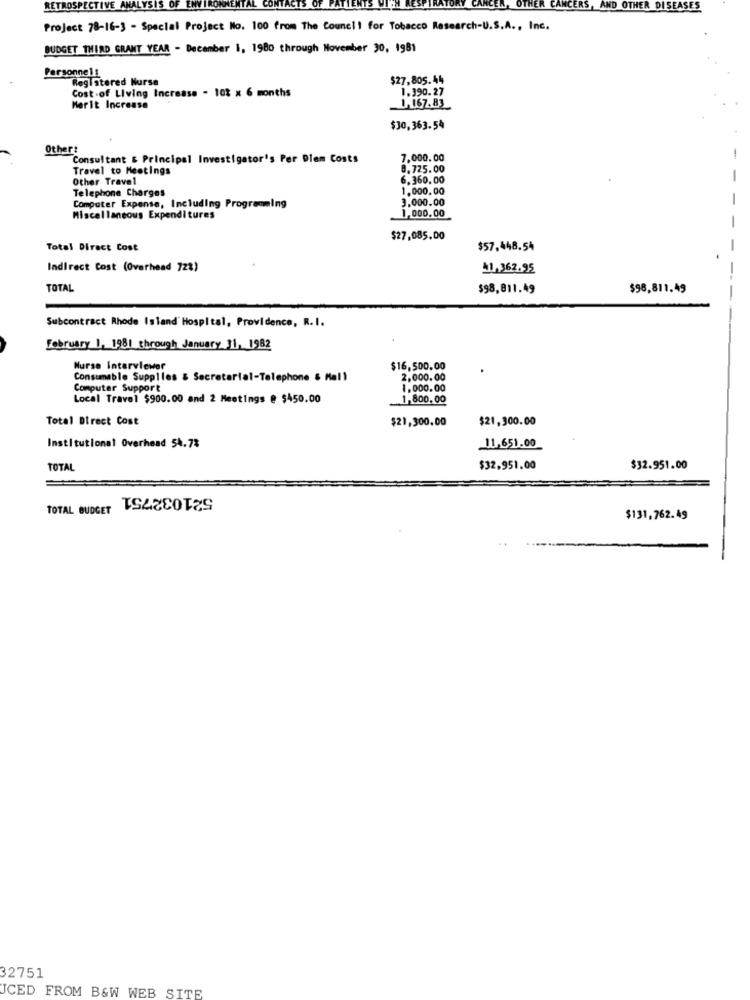
RETROSPECTIVE ANALYSIS OF
THER CANCERS,AND OTHER DISEASES
Project 78-16-3 - Special Project No. 100 from The Council for Tobacco Research-U.S.A ., Inc.
BUDGET THIRD GRANT YEAR - December 1, 1980 through November 30, 1981
Personnel&
Registered Nurse
$27,805.44
1.390.27
Cost of Living Increase - 103 x 6 months
Merit Increase
1, 167.83
$30,363.54
Other:
Consultant & Principal Investigator's Per Diem Costs
7.000.00
Travel to Meetings
8.725.00
Other Travel
6.360.00
Telephone Charges
1.000,00
3.000.00
Computer Expense, Including Programming
1,000.00
Miscellaneous Expenditures
$27.085.00
Total Direct Cost
$57.448.54
Indirect Cost (Overhead 72%)
41,362.95
TOTAL
$98,811.49
$98,811.49
Subcontract Rhode Island' Hospital, Providence, R.I.
February 1, 1981 through January 31, 1982
Nurse Interviewer
$16,500.00
Consumable Supplles & Secretarial-Telephone & Mell
2,000.00
Computer Support
1,000.00
Local Travel $900.00 and 2 Meetings @ $450.00
1,800.00
Total Direct Cost
$21,300.00
$21,300.00
Institutional Overhead 54.7%
11,651.00
TOTAL
$32,951.00
$32.951.00
521032751
TOTAL BUDGET
$131,762.49
32751
JCED FROM B&W WEB SITE